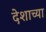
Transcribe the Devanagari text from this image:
देशाच्‍या